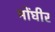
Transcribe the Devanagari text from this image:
मोंघीर